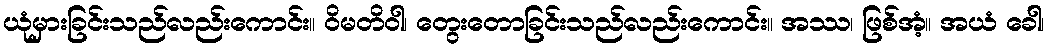
ယုံမှားခြင်းသည်လည်းကောင်း။ ဝိမတိဝါ၊ တွေးတောခြင်းသည်လည်းကောင်း။ အဿ၊ ဖြစ်အံ့။ အယံ ခေါ၊